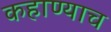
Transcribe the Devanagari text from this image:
कहाण्याच